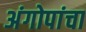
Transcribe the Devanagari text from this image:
अंगोपांचा